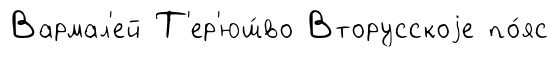
Вармал'ей Т'ер'юш́во Вторусскоjе по́яс